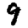
Digit: 9